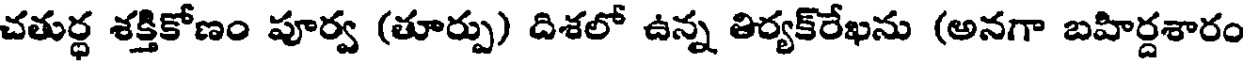
చతుర్ధ శక్తికోణం పూర్వ (తూర్పు) దిశలో ఉన్న తిర్యక్రేఖను (అనగా బహిర్దశారం